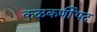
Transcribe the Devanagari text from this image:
कुळकर्णीपद